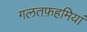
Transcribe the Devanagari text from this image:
गलतफ़हमियां